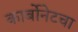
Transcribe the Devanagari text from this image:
कार्बोनेटचा